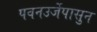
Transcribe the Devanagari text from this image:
पवनउर्जेपासुन